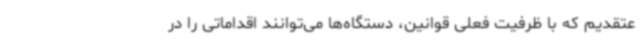
عتقدیم که با ظرفیت فعلی قوانین، دستگاه‌ها می‌توانند اقداماتی را در